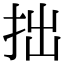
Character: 拙